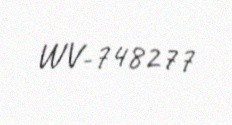
WV-748277